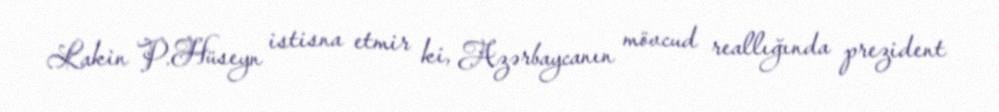
Lakin P.Hüseyn istisna etmir ki, Azərbaycanın mövcud reallığında prezident